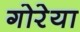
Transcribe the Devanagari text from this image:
गोरेया